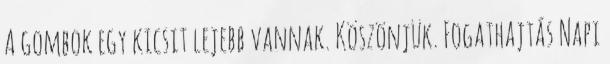
A gombok egy kicsit lejebb vannak. Köszönjük. Fogathajtás Napi